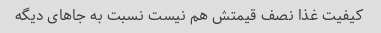
کیفیت غذا نصف قیمتش هم نیست نسبت به جاهای دیگه